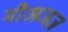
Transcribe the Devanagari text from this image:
मौअजज़